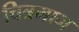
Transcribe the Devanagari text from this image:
चित्रमान